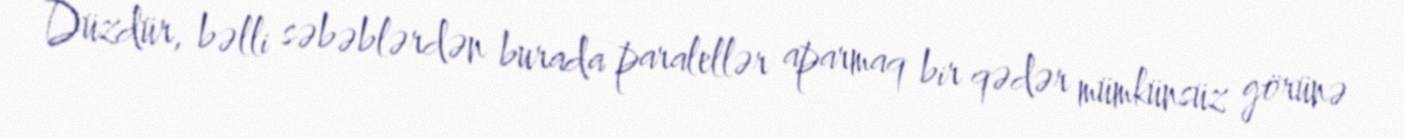
Düzdür, bəlli səbəblərdən burada paralellər aparmaq bir qədər mümkünsüz görünə